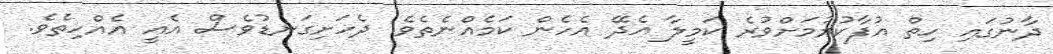
ދާނުގައި ހިތް އުފާކުރުމަށްވުރެ ކަމީލާ އެދޭ އެހެން ކަމެއްނެތެވެ. ދެހަށިގަނޑުވެސް އެއީ އެއްހިތެވެ.